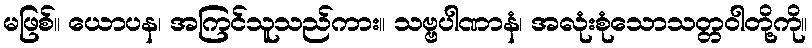
မဖြစ်။ ယောပန၊ အကြင်သူသည်ကား။ သဗ္ဗပါဏာနံ၊ အလုံးစုံသောသတ္တဝါတို့ကို။